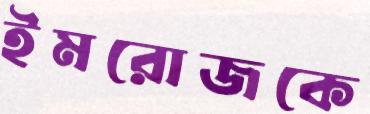
ইমরোজকে